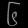
Digit: ၆